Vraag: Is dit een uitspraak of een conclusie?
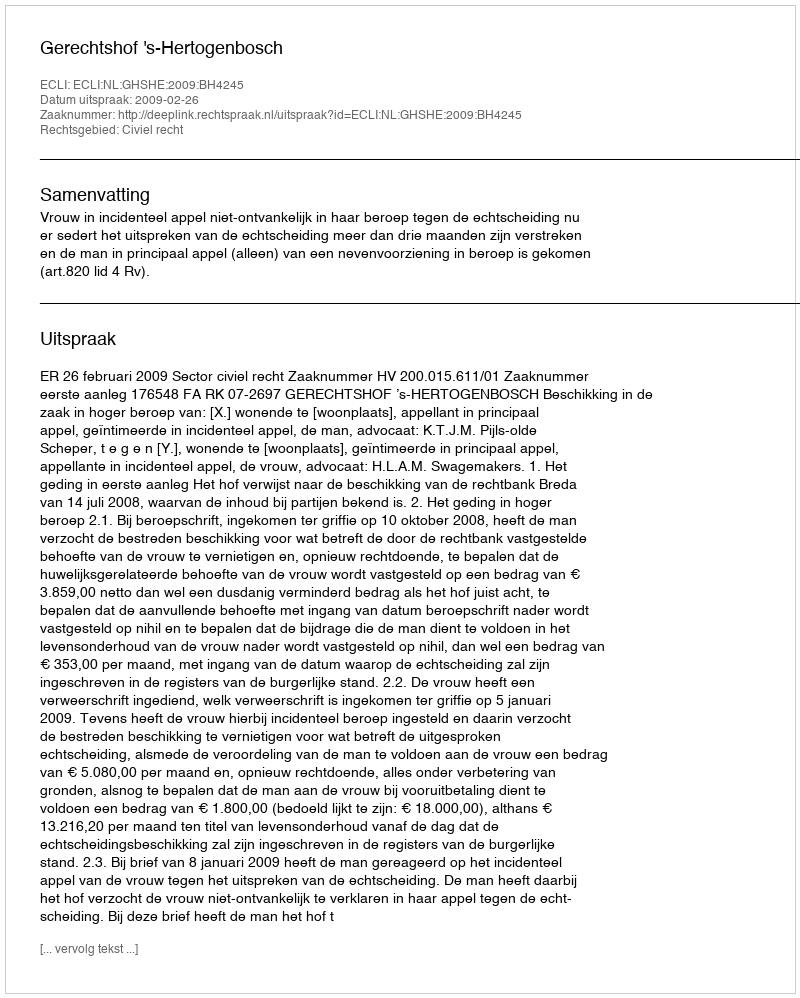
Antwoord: Uitspraak